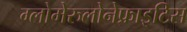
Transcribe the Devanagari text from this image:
ग्लोमेरुलोनेफ्राइटिस